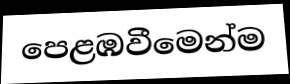
පෙළඹවීමෙන්ම